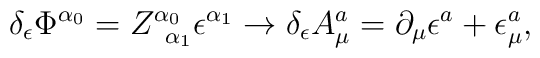
\delta _{\epsilon }\Phi ^{\alpha _{0}}=Z_{\;\;\alpha _{1}}^{\alpha _{0}}\epsilon ^{\alpha _{1}}\rightarrow \delta _{\epsilon }A_{\mu }^{a}=\partial _{\mu }\epsilon ^{a}+\epsilon _{\mu }^{a},